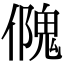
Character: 𠏁